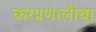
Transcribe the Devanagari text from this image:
करप्रणालीचा